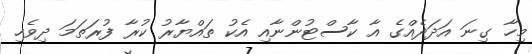
މިހާ ގިނަ އަދަދެއްގެ އާ ކާސްޓުންނާއި އެކު ތައްޔާރު ކުރާ ފުރަތަމަ ދިވެހި